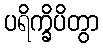
ပရိက္ခိပိတွာ